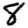
Digit: 8